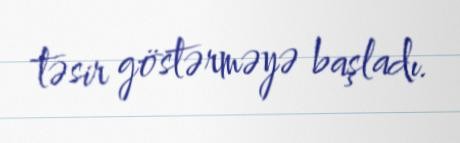
təsir göstərməyə başladı.